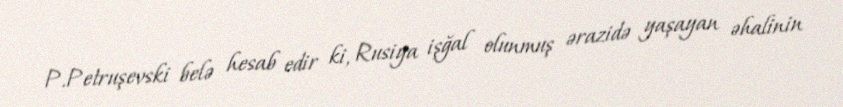
P.Petruşevski belə hesab edir ki, Rusiya işğal olunmuş ərazidə yaşayan əhalinin